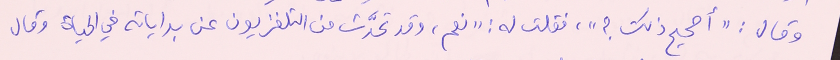
وقال : "أصحيح ذلك؟"، فقلت له : "نعم، وقد تحدَّث من التلفزيون عن بداياته في الحياة وقال